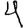
Digit: 4